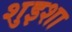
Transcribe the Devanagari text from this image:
शुइशा